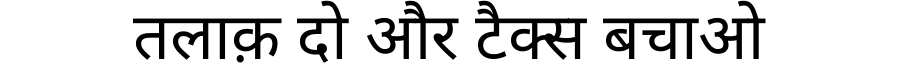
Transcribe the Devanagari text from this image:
तलाक़ दो और टैक्स बचाओ